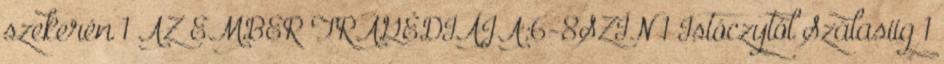
szekerén 1 AZ EMBER TRAGÉDIÁJA:6-8SZÍN 1 Istóczytól Szálasiig 1